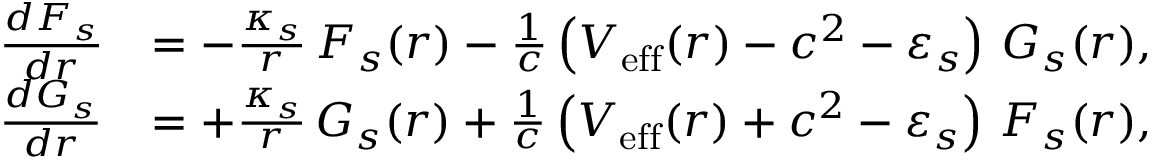
\begin{array} { r l r } & { \frac { d F _ { s } } { d r } } & { = - \frac { \kappa _ { s } } { r } \, F _ { s } ( r ) - \frac { 1 } { c } \left( V _ { \mathrm { e f f } } ( r ) - c ^ { 2 } - \varepsilon _ { s } \right) \, G _ { s } ( r ) , } \\ & { \frac { d G _ { s } } { d r } } & { = + \frac { \kappa _ { s } } { r } \, G _ { s } ( r ) + \frac { 1 } { c } \left( V _ { \mathrm { e f f } } ( r ) + c ^ { 2 } - \varepsilon _ { s } \right) \, F _ { s } ( r ) , } \end{array}